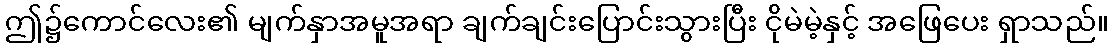
ဤ၌ကောင်လေး၏ မျက်နှာအမူအရာ ချက်ချင်းပြောင်းသွားပြီး ငိုမဲမဲ့နှင့် အဖြေပေး ရှာသည်။